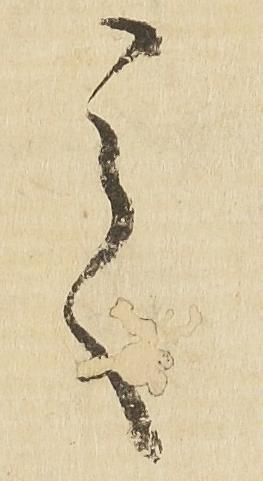
之